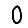
Digit: 0